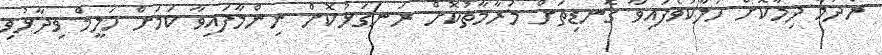
ރޯދަމާ ދިމާކޮށް ހަލާކުވެފައިވާ ގޮނޑިތަށް މަރާމާތުކޮށް ރަނގަޅުކޮށް ނިންމާފައިވާ ކަމަށް ހަލީމް ވިދާޅުވި